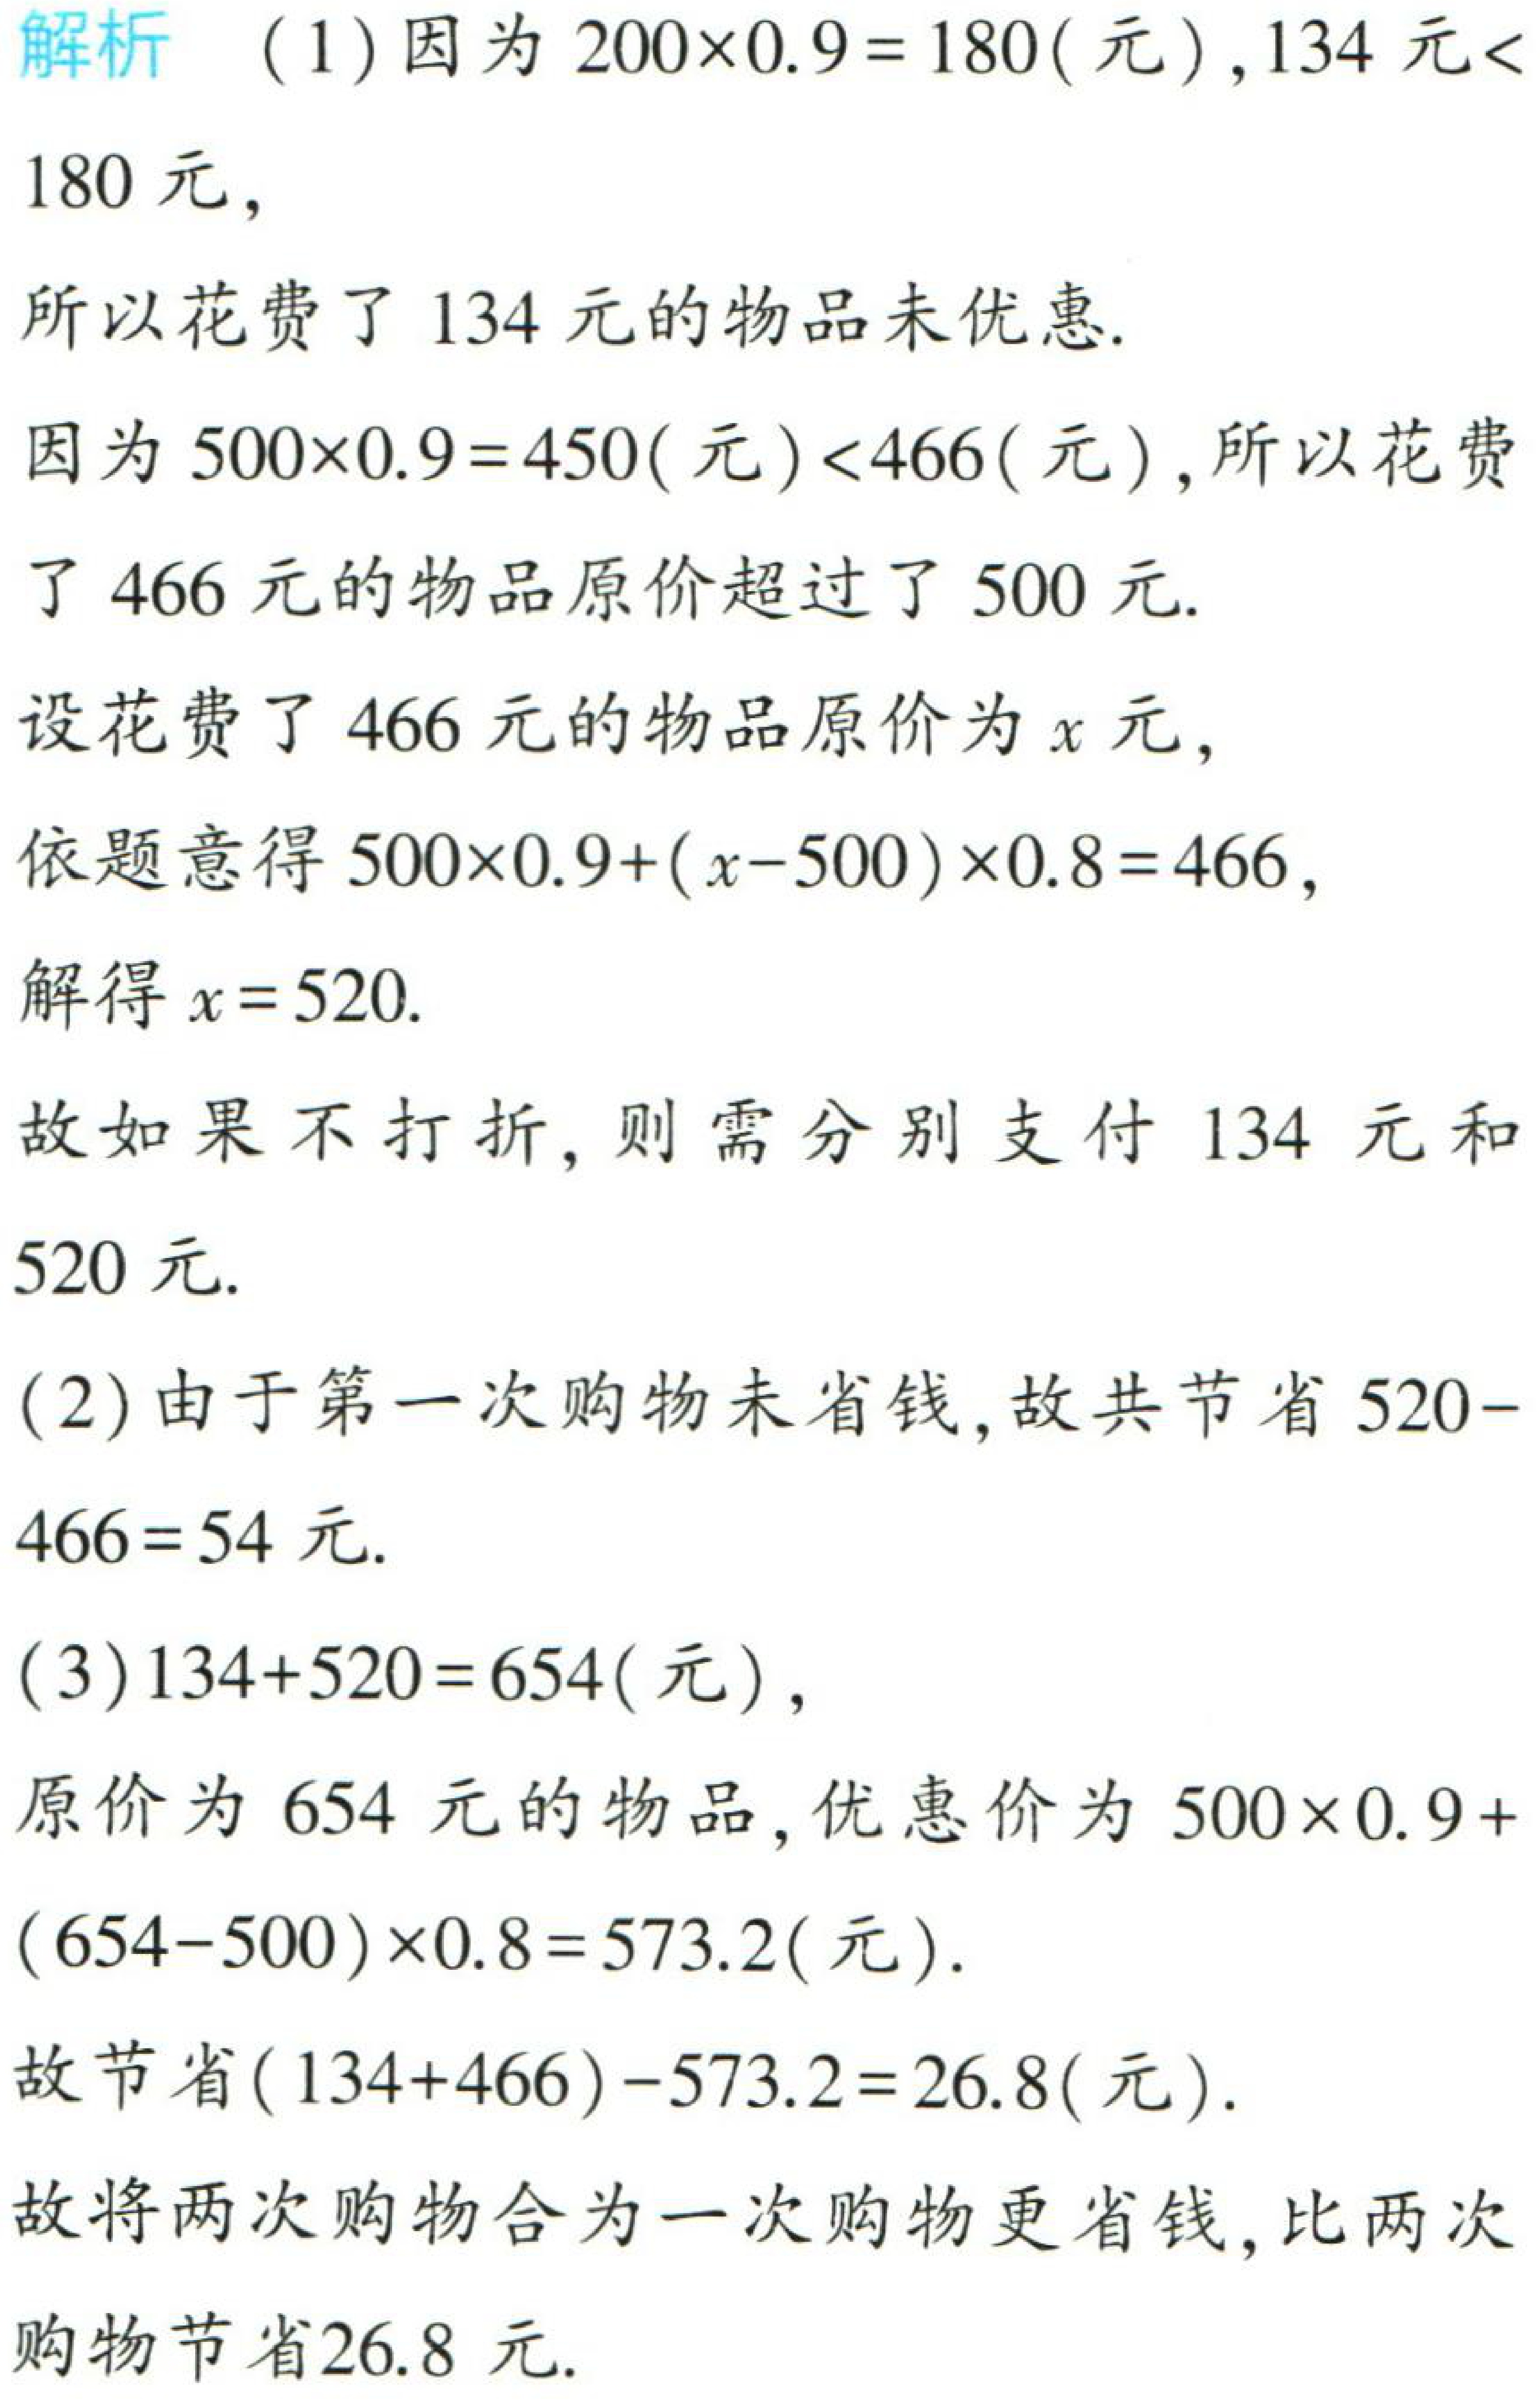
解析 （1）因为 \(200\times0.9 = 180(\text{元})\), \(134\text{ 元}<180\text{ 元}\),
所以花费了 \(134\) 元的物品未优惠.
因为 \(500\times0.9 = 450(\text{元})<466(\text{元})\), 所以花费了 \(466\) 元的物品原价超过了 \(500\) 元.
设花费了 \(466\) 元的物品原价为 \(x\) 元,
依题意得 \(500\times0.9+(x - 500)\times0.8 = 466\),
解得 \(x = 520\).
故如果不打折, 则需分别支付 \(134\) 元和 \(520\) 元.
（2）由于第一次购物未省钱, 故共节省 \(520 - 466 = 54\) 元.
（3）\(134 + 520 = 654(\text{元})\),
原价为 \(654\) 元的物品, 优惠价为 \(500\times0.9+(654 - 500)\times0.8 = 573.2(\text{元})\).
故节省 \((134 + 466)-573.2 = 26.8(\text{元})\).
故将两次购物合为一次购物更省钱, 比两次购物节省 \(26.8\) 元.